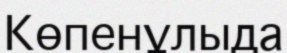
Көпенұлыда